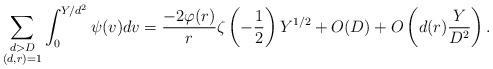
LaTeX: \begin{align*}\sum_{\substack{d> D\\(d,r)=1}}\int_{0}^{Y/d^2}\psi(v)dv=\dfrac{-2\varphi(r)}{r}\zeta\left(-\frac{1}{2}\right)Y^{1/2}+O(D)+O\left(d(r)\dfrac{Y}{D^2}\right).\end{align*}